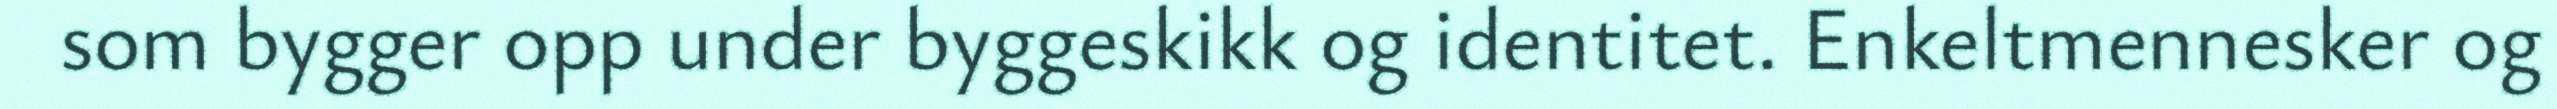
som bygger opp under byggeskikk og identitet. Enkeltmennesker og